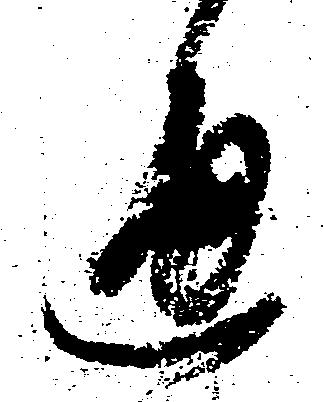
通